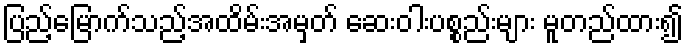
ပြည့်မြောက်သည့်အထိမ်းအမှတ် ဆေးဝါးပစ္စည်းများ မူတည်ထား၍